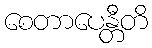
စေတာပေန္တီတိ